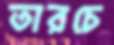
তারচে